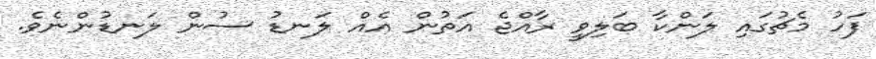
ފަހު މެޗުގައި ލަންކާ ބަލިވީ ރާއްޖެ އަތުން އެއް ލަނޑު ސުން ލަނޑުންނެވެ.